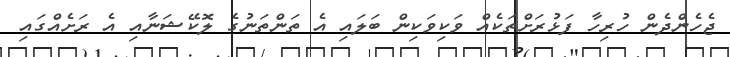
ޖެހެންދެން ހުރިހާ ފަޅުރަށްތަކެއް ވަކިވަކިން ބަލައި އެ ތަންތަނުގެ ލޮކޭޝަނާއި އެ ރަށެއްގައި